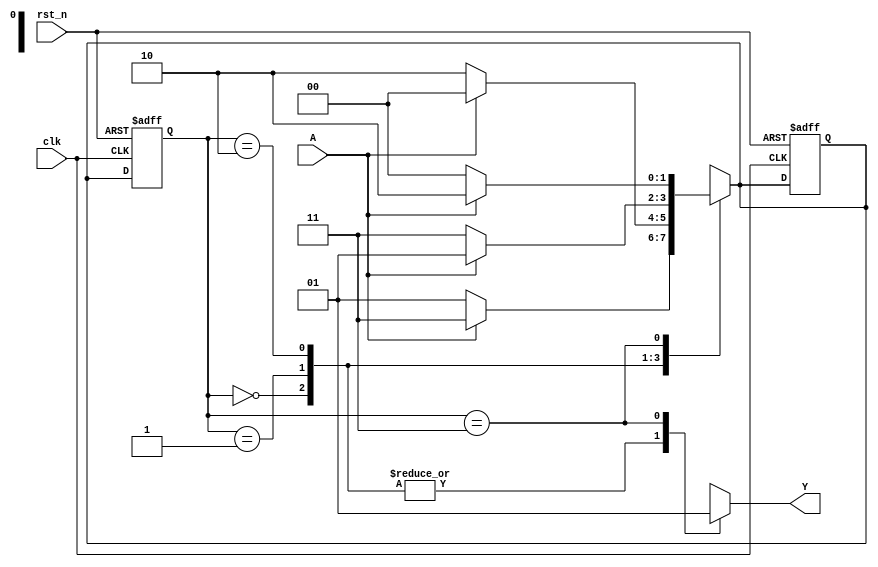
`timescale 1ns / 1ns

module seq_circuit (
    input A,
    input clk,
    input rst_n,

    output wire Y
);

    parameter [1:0] S_00 = 0;
    parameter [1:0] S_01 = 1;
    parameter [1:0] S_10 = 2;
    parameter [1:0] S_11 = 3;
    reg [1:0] state, next_state;
    reg Y_reg;

    always @(*) begin
        case (state)
            S_00: begin
                Y_reg = 1'b0;
                if (A) next_state = 2'd3;
                else next_state = 2'd1;
            end
            S_01: begin
                Y_reg = 1'b0;
                if (A) next_state = 2'd0;
                else next_state = 2'd2;
            end
            S_10: begin
                Y_reg = 1'b0;
                if (A) next_state = 2'd1;
                else next_state = 2'd3;
            end
            S_11: begin
                Y_reg = 1'b1;
                if (A) next_state = 2'd2;
                else next_state = 2'd0;
            end
            default: next_state = S_00;
        endcase
    end
    always @(posedge clk or negedge rst_n) begin
        if (!rst_n) begin
            next_state <= S_00;
            state <= S_00;
        end else state <= next_state;
    end
    assign Y = Y_reg;
endmodule